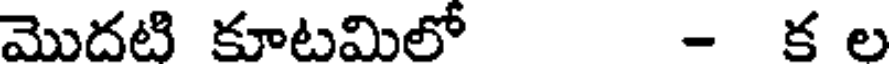
మొదటి కూటమిలో - క ల